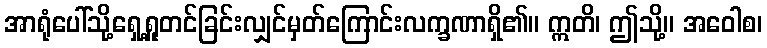
အာရုံပေါ်သို့ရှေ့ရှုတင်ခြင်းလျှင်မှတ်ကြောင်းလက္ခဏာရှိ၏။ ဣတိ၊ ဤသို့။ အဝေါစ၊